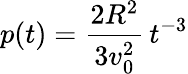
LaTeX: p(t)={\frac{2R^{2}}{3v_{0}^{2}}}\, t^{-3}